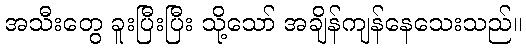
အသီးတွေ ခူးပြီးပြီး သို့သော် အချိန်ကျန်နေသေးသည်။